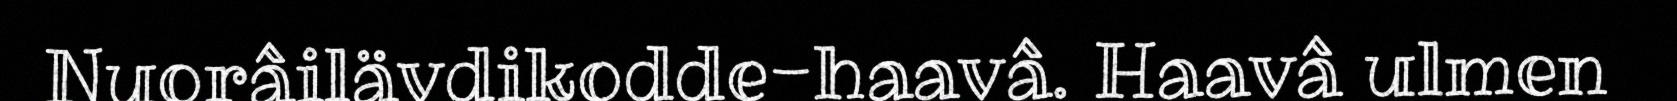
Nuorâilävdikodde-haavâ. Haavâ ulmen